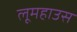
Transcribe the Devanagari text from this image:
लूमहाउस